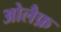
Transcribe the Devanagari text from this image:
ओलैफ़